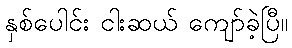
နှစ်ပေါင်း ငါးဆယ် ကျော်ခဲ့ပြီ။